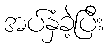
အပ်နှံခဲ့ပြီး